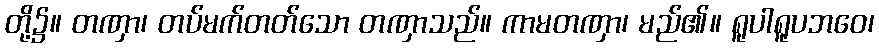
တို့၌။ တဏှာ၊ တပ်မက်တတ်သော တဏှာသည်။ ကာမတဏှာ၊ မည်၏။ ရူပါရူပဘဝေ၊